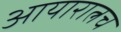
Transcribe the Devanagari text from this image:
आयारात्नच